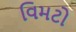
વિમટો